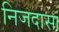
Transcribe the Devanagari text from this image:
निजदासां